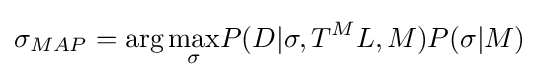
\sigma _{MAP}=\arg {\underset {\sigma }{\max }}P(D|\sigma ,T^{M}L,M)P(\sigma |M)